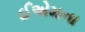
ઈએમના